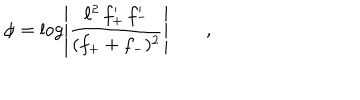
\phi = \log \left\vert \frac { \ell ^ { 2 } \, f _ { + } ^ { \prime } \, f _ { - } ^ { \prime } } { ( f _ { + } + f _ { - } ) ^ { 2 } } \right\vert \qquad ,